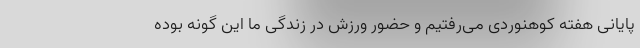
پایانی هفته کوهنوردی می‌رفتیم و حضور ورزش در زندگی ما این گونه بوده